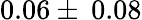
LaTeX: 0.06\pm\: 0.08